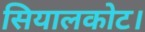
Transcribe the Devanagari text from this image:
सियालकोट।